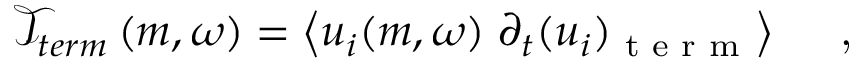
\mathcal { T } _ { t e r m } \left( m , \omega \right) = \left< u _ { i } { \left( m , \omega \right) } \; \partial _ { t } ( u _ { i } ) _ { \textrm { t e r m } } \right> \quad \textrm { , }